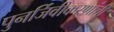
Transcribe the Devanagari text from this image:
पुनर्जिवीकरणांची